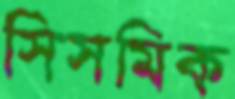
সিসমিক